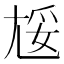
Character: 㞂